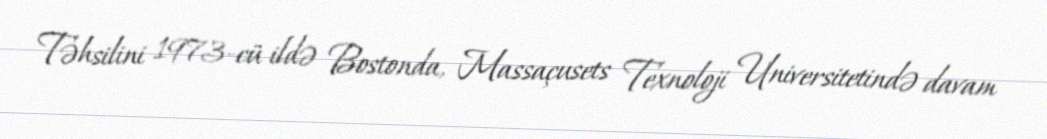
Təhsilini 1973-cü ildə Bostonda, Massaçusets Texnoloji Universitetində davam